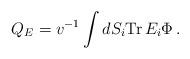
LaTeX: \begin{align*}Q_E = v^{-1}\int dS_i {\rm Tr}\, E_i\Phi \, .\end{align*}